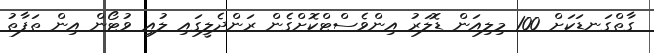
ގާތްގަނޑަކަށް 100 މިލިއަން ޑޮލަރު އިންވެސްޓްކޮށްގެން ރަންދެލީގައި ލުއި ވުޓޯން އިން ތަފާތު